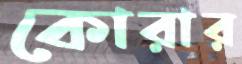
কোরার